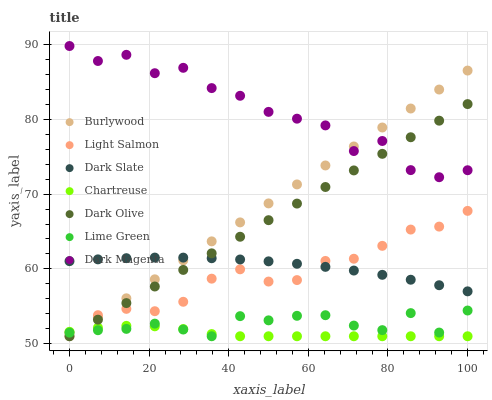
| xaxis_label | Burlywood | Light Salmon | Dark Slate | Chartreuse | Dark Olive | Lime Green | Dark Magenta |
 | --- | --- | --- | --- | --- | --- | --- | --- |
 | 0 | 51 | 51.5 | 61 | 51.6 | 51 | 51.5 | 89.8 |
 | 7.14 | 53.5 | 53.8 | 61.3 | 52.1 | 53.2 | 51.8 | 87.8 |
 | 14.3 | 56.1 | 54.7 | 61.4 | 52.4 | 55.4 | 52 | 88.6 |
 | 21.4 | 58.6 | 54.3 | 61.5 | 52.3 | 57.6 | 52.7 | 86.2 |
 | 28.6 | 61.1 | 55.6 | 61.5 | 52 | 59.9 | 51.9 | 86.9 |
 | 35.7 | 63.7 | 58.7 | 61.4 | 51.3 | 62.1 | 51 | 84.2 |
 | 42.9 | 66.2 | 59.9 | 61.3 | 51 | 64.3 | 53.7 | 83.1 |
 | 50 | 68.8 | 58.3 | 61 | 51 | 66.5 | 53.1 | 81 |
 | 57.1 | 71.3 | 58.5 | 60.7 | 51 | 68.7 | 53.7 | 80.1 |
 | 64.3 | 73.8 | 61.1 | 60.3 | 51 | 70.9 | 53.8 | 79.2 |
 | 71.4 | 76.4 | 61.4 | 59.8 | 51 | 73.2 | 52.4 | 75.8 |
 | 78.6 | 78.9 | 63.1 | 59.2 | 51 | 75.4 | 51.8 | 77.1 |
 | 85.7 | 81.4 | 65.3 | 58.6 | 51 | 77.6 | 54.1 | 73.2 |
 | 92.9 | 84 | 65.7 | 57.8 | 51 | 79.8 | 51.5 | 72.3 |
 | 100 | 86.5 | 67.8 | 57 | 51 | 82 | 54.4 | 73.2 |